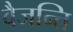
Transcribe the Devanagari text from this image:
वैजन्ति